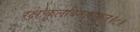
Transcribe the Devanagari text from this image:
रक्षःकुलविनाशकृत्‌॥८॥